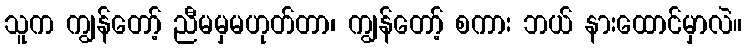
သူက ကျွန်တော့် ညီမမှမဟုတ်တာ၊ ကျွန်တော့် စကား ဘယ် နားထောင်မှာလဲ။